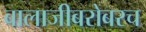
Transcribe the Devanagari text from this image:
बालाजीबरोबरच